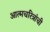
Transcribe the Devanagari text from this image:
आत्मचरित्रांची